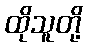
ထိုသူတို့